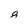
Character: 8